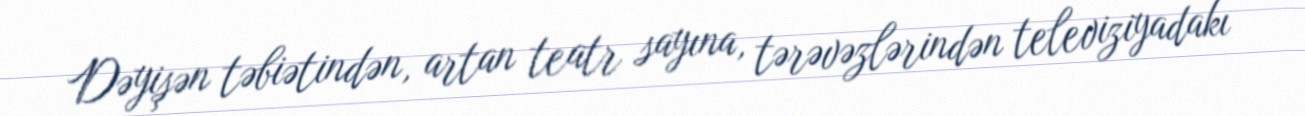
Dəyişən təbiətindən, artan teatr sayına, tərəvəzlərindən televiziyadakı